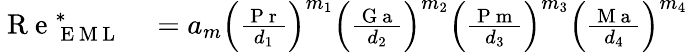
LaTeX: \begin{array}{rl}{\mathrm{~R~e~}_{\mathrm{~E~M~L~}}^{\ast}}&{{}=a_{m}\left(\frac{\mathrm{~P~r~}}{d_{1}}\right)^{m_{1}}\left(\frac{\mathrm{~G~a~}}{d_{2}}\right)^{m_{2}}\left(\frac{\mathrm{~P~m~}}{d_{3}}\right)^{m_{3}}\left(\frac{\mathrm{~M~a~}}{d_{4}}\right)^{m_{4}}}\end{array}